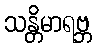
သန္တိမာရဗ္ဘ